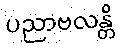
ပညာဗလန္တိ